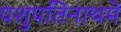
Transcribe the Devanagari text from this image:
पशुपतिनाथमें